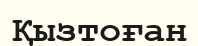
Қызтоған